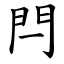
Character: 閂